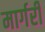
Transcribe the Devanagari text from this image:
मार्गरी